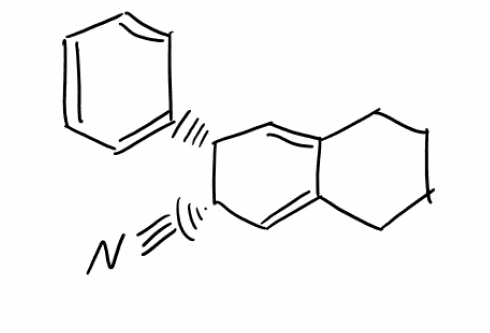
Simplified molecular-input line-entry system (SMILES) notation of the given molecule:
C1CCC2=C[C@H]([C@H](C=C2C1)C#N)C3=CC=CC=C3